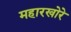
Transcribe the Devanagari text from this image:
महारखोरे